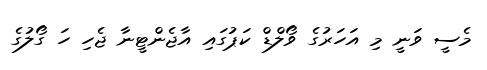
މެސީ ވަނީ މި އަހަރުގެ ވޯލްޑް ކަޕުގައި އާޖެންޓީނާ ޖެހި ހަ ގޯލުގެ